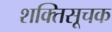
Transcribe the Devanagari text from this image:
शक्तिसूचक